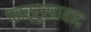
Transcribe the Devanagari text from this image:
फार्रूखाबाद